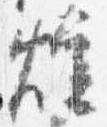
焼